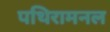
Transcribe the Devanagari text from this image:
पथिरामनल